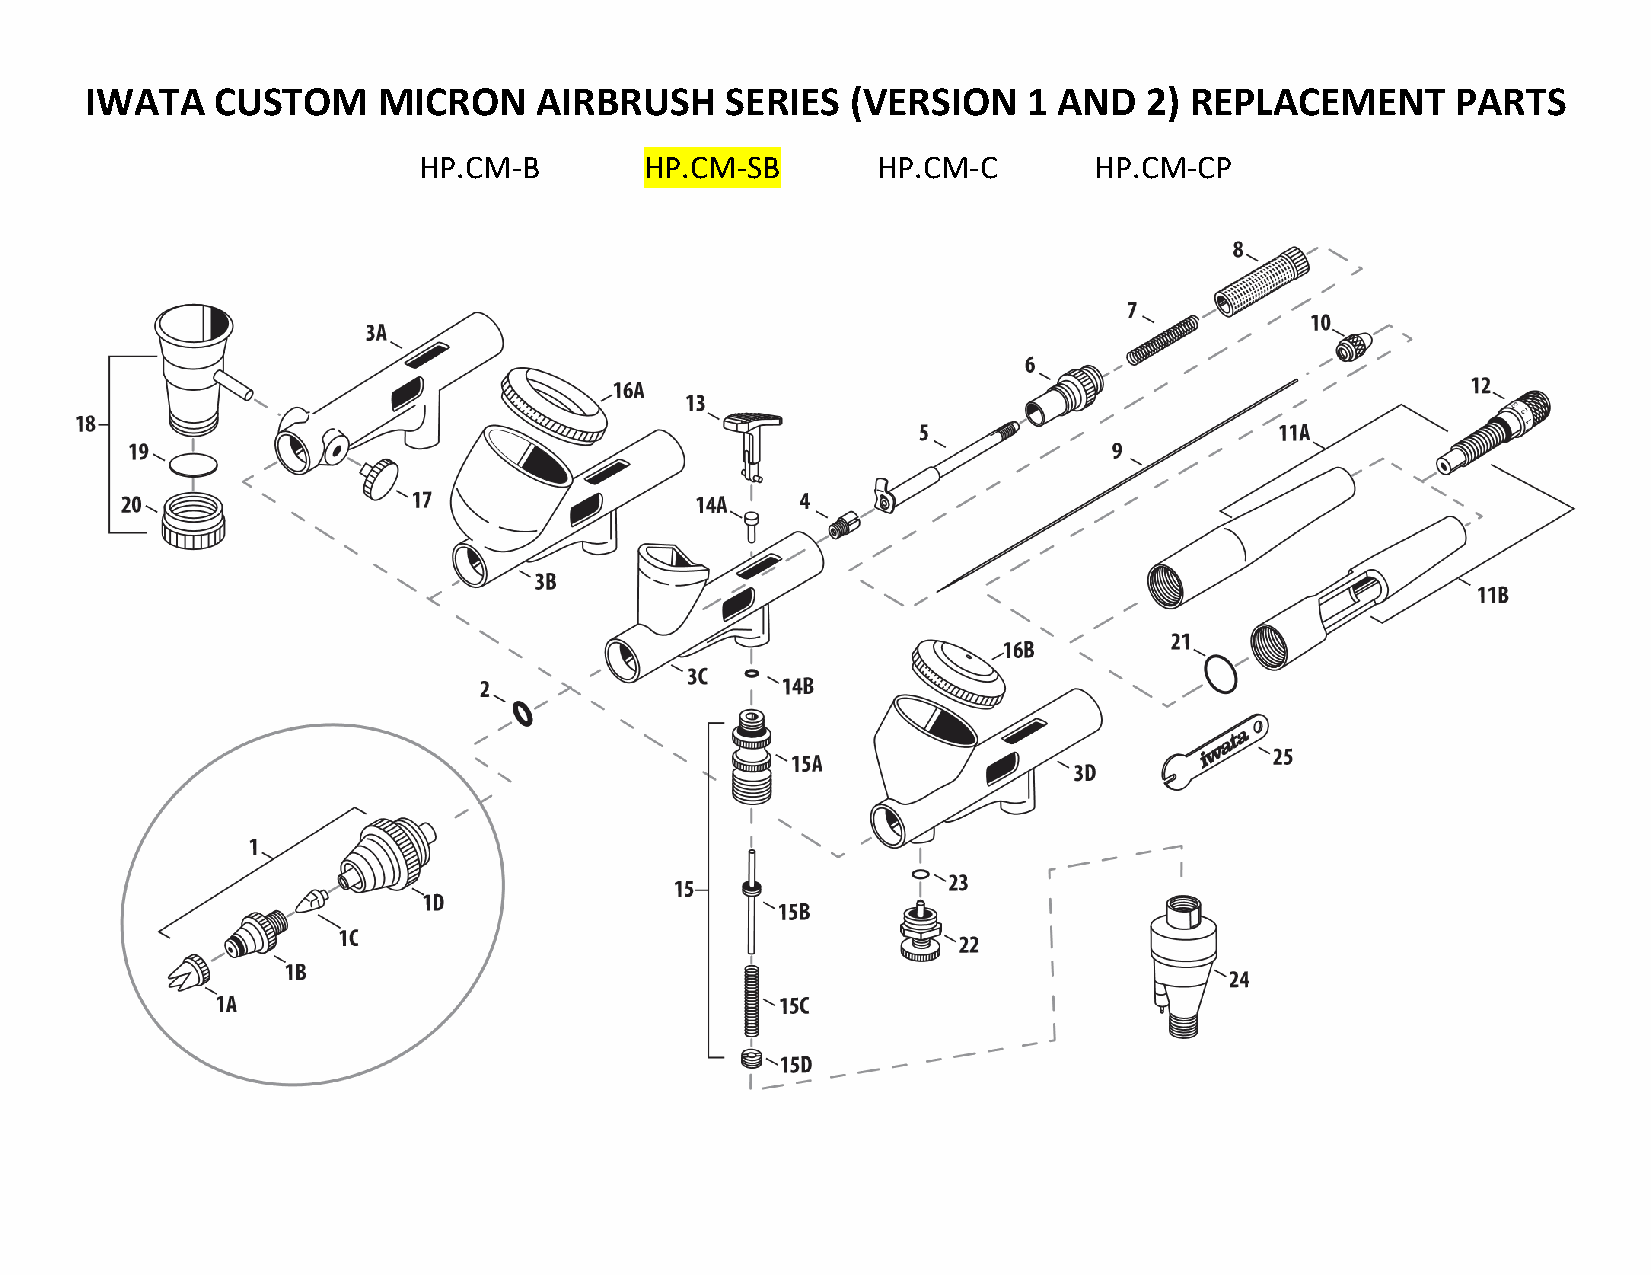
IWATA   CUSTOM     MICRON    AIRBRUSH     SERIES  (VERSION    1 AND   2) REPLACEMENT      PARTS
 HP.CM-B        HP.CM-SB       HP.CM-C       HP.CM-CP